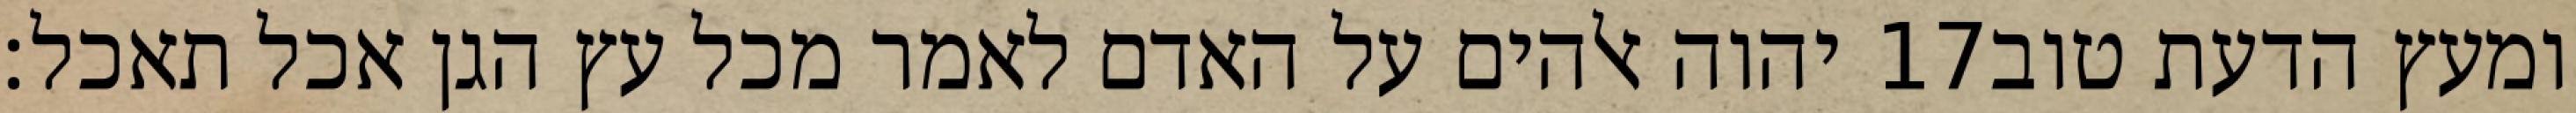
יהוה אלהים על האדם לאמר מכל עץ הגן אכל תאכל׃ ‎17‏ ומעץ הדעת טוב